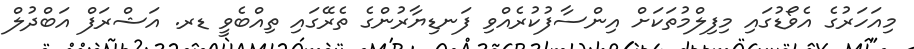
މިއަހަރުގެ އެވޯޑުގައި މިފިލްމުތަކަށް އިންސާފުކުރެއްވި ފަނޑިޔާރުންގެ ތެރޭގައި ތިއްބެވީ ޑރ. އަޝްރަފް އަބްދުލް